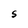
Character: S